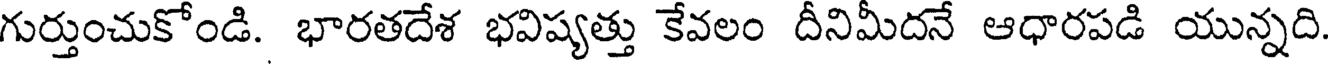
గుర్తుంచుకోండి. భారతదేశ భవిష్యత్తు కేవలం దీనిమీదనే ఆధారపడి యున్నది